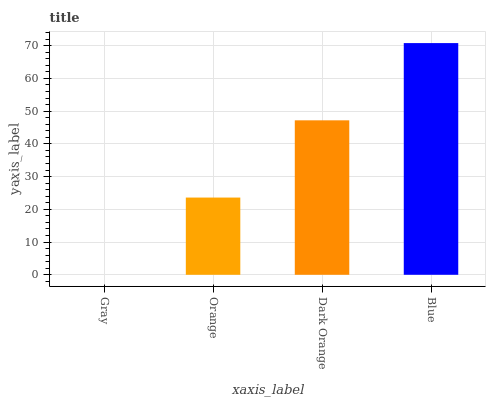
| xaxis_label | bars |
 | --- | --- |
 | Gray | 0 |
 | Orange | 23.6 |
 | Dark Orange | 47.2 |
 | Blue | 70.8 |